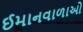
ઈમાનવાળાઓ